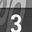
Digit: 3